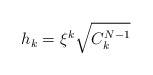
\begin{align*} h_k = \xi^k \sqrt{C_{k}^{N-1}}\end{align*}